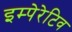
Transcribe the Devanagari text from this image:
इम्पेरेटिव